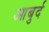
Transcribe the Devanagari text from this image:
आबुर्द